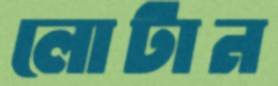
লোটান